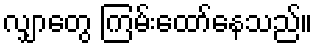
လျှာတွေ ကြမ်းထော်နေသည်။